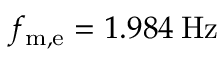
f _ { \mathrm { m , e } } = 1 . 9 8 4 \: \mathrm { H z }